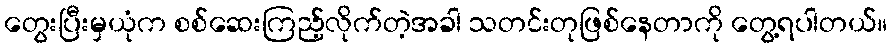
တွေးပြီးမှယုံက စစ်ဆေးကြည့်လိုက်တဲ့အခါ သတင်းတုဖြစ်နေတာကို တွေ့ရပါတယ်။